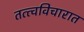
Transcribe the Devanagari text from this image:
तत्त्वविचारात